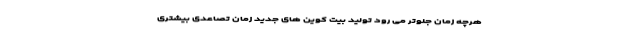
هرچه زمان جلوتر می رود تولید بیت کوین های جدید زمان تصاعدی بیشتری